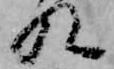
九